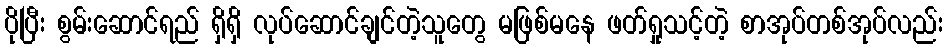
ပိုပြီး စွမ်းဆောင်ရည် ရှိရှိ လုပ်ဆောင်ချင်တဲ့သူတွေ မဖြစ်မနေ ဖတ်ရှုသင့်တဲ့ စာအုပ်တစ်အုပ်လည်း